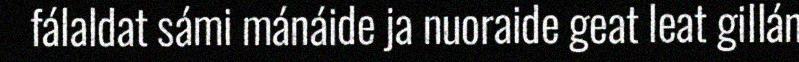
fálaldat sámi mánáide ja nuoraide geat leat gillán